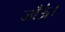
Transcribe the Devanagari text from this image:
जाँऊं।